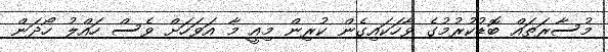
މުސާރަތައް ބޮޑުކުރުމުގެ ވާހަކައިގެން ކުރިން މިއީ މާ އަވަހަށް ވެސް ހައްލު ހޯދަން